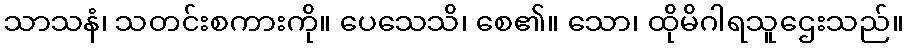
သာသနံ၊ သတင်းစကားကို။ ပေသေသိ၊ စေ၏။ သော၊ ထိုမိဂါရသူဌေးသည်။